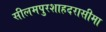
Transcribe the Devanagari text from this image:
सीलमपुरशाहदरासीमा